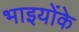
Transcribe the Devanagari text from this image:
भाइयोंके